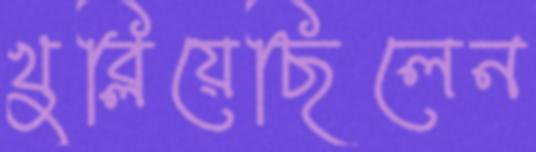
খুব্‌লিয়েছিলেন